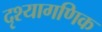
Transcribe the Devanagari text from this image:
दृश्यागणिक